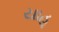
યાહૂ